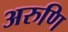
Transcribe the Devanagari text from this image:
अरुणि